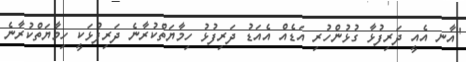
"އާނ އެއީ ދަރިފުޅާ ގުޅުންހުރި އަޑެއް އެއަޑު ދަރިފުޅު ހިމާޔަތްކުރާނެ ދަރިފުޅަކީ ހިމާޔަތްކުރާނެ